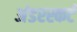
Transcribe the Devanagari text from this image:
अंडरस्कर्ट